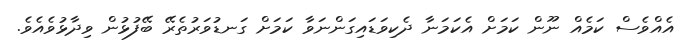
އެއްވެސް ކަމެއް ނޫން ކަމަށް އެކަމަނާ ދެކިވަޑައިގަންނަވާ ކަމަށް ގަނޑުވަރުތެރޭ ބޭފުޅުން ވިދާޅުވެއެވެ.